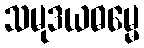
သမုဒယဓမ္မေ